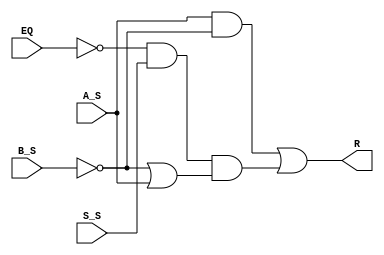
module ComparatorLTSigned (
  input wire A_S, B_S, S_S, EQ, // Entradas de sinal e igualdade
  output wire R // Sada
);

  assign R = (A_S & ~B_S) | (~EQ & S_S) & (~B_S | A_S); // Expresso lgica derivada de tabela verdade
  
endmodule